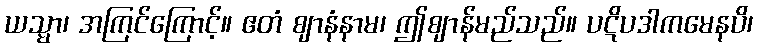
ယသ္မာ၊ အကြင်ကြောင့်။ ဧတံ ဈာနံနာမ၊ ဤဈာန်မည်သည်။ ပဋိပဒါကမေနပိ၊